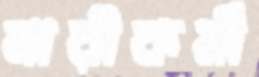
নারীকর্মী